Indian journal of veterinary science and animal husbandry - Volume 5,
Year: 1935
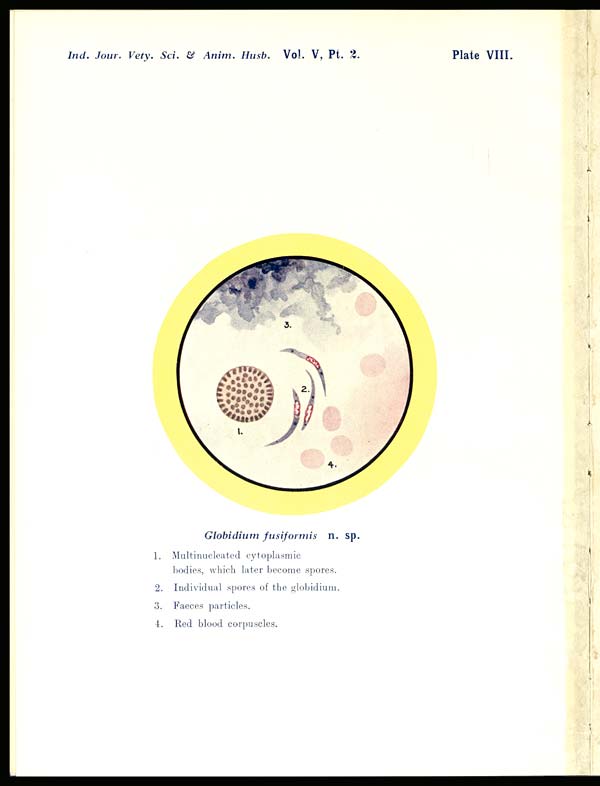
Ind. Jour. Vety. Sci. & Anim.
Husb.
Vol. V, Pt.
2.
Plate VIII.
Globidium fusiformis
n. sp.
1. Multinucleated cytoplasmic
bodies, which later become spores.
2. Individual spores of the globidium.
3. Faeces particles.
4. Red blood corpuscles.